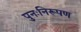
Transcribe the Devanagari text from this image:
पुनःनिरूपण